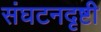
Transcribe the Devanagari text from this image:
संघटनदृष्टी